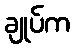
ချုပ်က